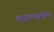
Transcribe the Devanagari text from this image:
मसाल्यातील